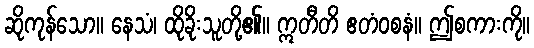
ဆိုကုန်သော။ နေသံ၊ ထိုခိုးသူတို့၏။ ဣတီတိ ဧတံဝစနံ။ ဤစကားကို။